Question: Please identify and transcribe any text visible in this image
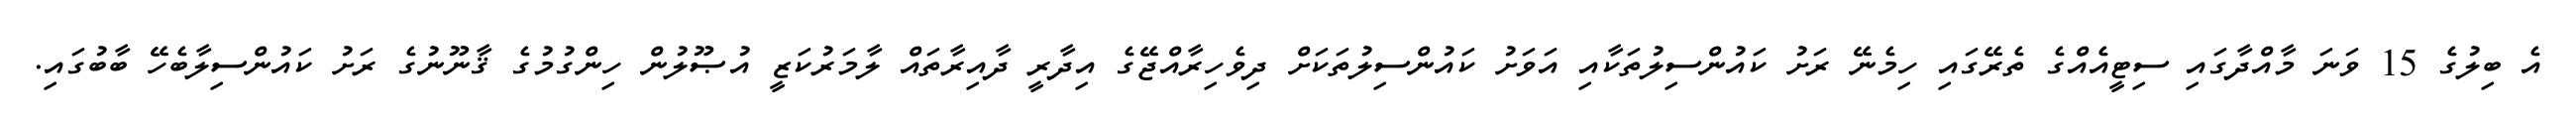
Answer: އެ ބިލުގެ 15 ވަނަ މާއްދާގައި ސިޓީއެއްގެ ތެރޭގައި ހިމެނޭ ރަށު ކައުންސިލުތަކާއި އަވަށު ކައުންސިލުތަކަށް ދިވެހިރާއްޖޭގެ އިދާރީ ދާއިރާތައް ލާމަރުކަޒީ އުޞޫލުން ހިންގުމުގެ ޤާނޫނުގެ ރަށު ކައުންސިލާބެހޭ ބާބުގައި.